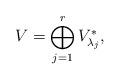
LaTeX: \begin{align*}V=\bigoplus_{j=1}^r V_{\lambda_j}^\ast,\end{align*}